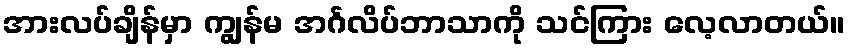
အားလပ်ချိန်မှာ ကျွန်မ အင်္ဂလိပ်ဘာသာကို သင်ကြား လေ့လာတယ်။